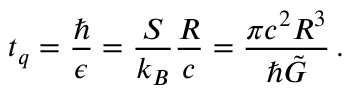
t _ { q } = \frac { \hbar } { \epsilon } = \frac { S } { k _ { B } } \frac { R } { c } = \frac { \pi c ^ { 2 } R ^ { 3 } } { \hbar \tilde { G } } \, .